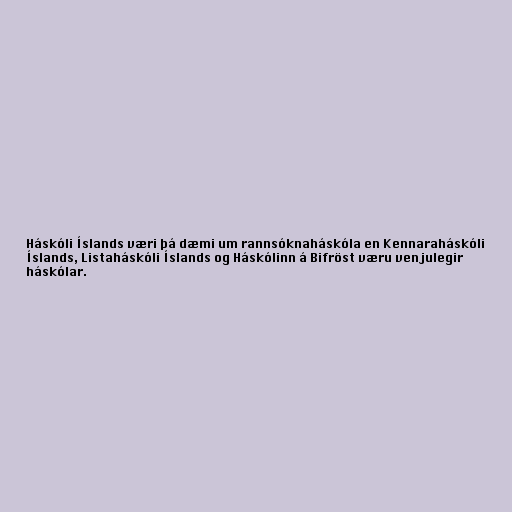
Háskóli Íslands væri þá dæmi um rannsóknaháskóla en Kennaraháskóli
Íslands, Listaháskóli Íslands og Háskólinn á Bifröst væru venjulegir
háskólar.